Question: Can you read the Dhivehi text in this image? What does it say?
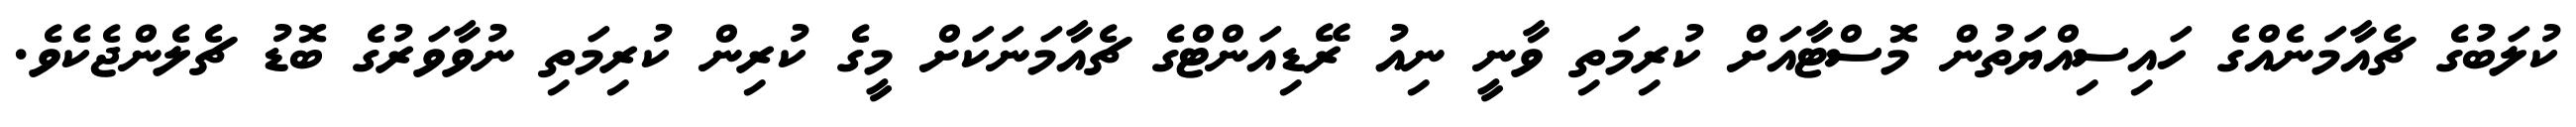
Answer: ކުލަބުގެ ޗެއާމަނެއްގެ ހައިސިއްޔަތުން މޮސްޓާއަށް ކުރިމަތި ވާނީ ނިއު ރޭޑިއަންޓްގެ ޗެއާމަނަކަށް މީގެ ކުރިން ކުރިމަތި ނުވާވަރުގެ ބޮޑު ޗެލެންޖެކެވެ.